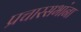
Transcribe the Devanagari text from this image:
प्रचारसभांना